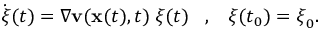
\dot { { \boldsymbol \xi } } ( t ) = \nabla { \mathbf v } ( { \mathbf x } ( t ) , t ) \; { \boldsymbol \xi } ( t ) \; \; \; , \; \; \; { \boldsymbol \xi } ( t _ { 0 } ) = { \boldsymbol \xi } _ { 0 } .